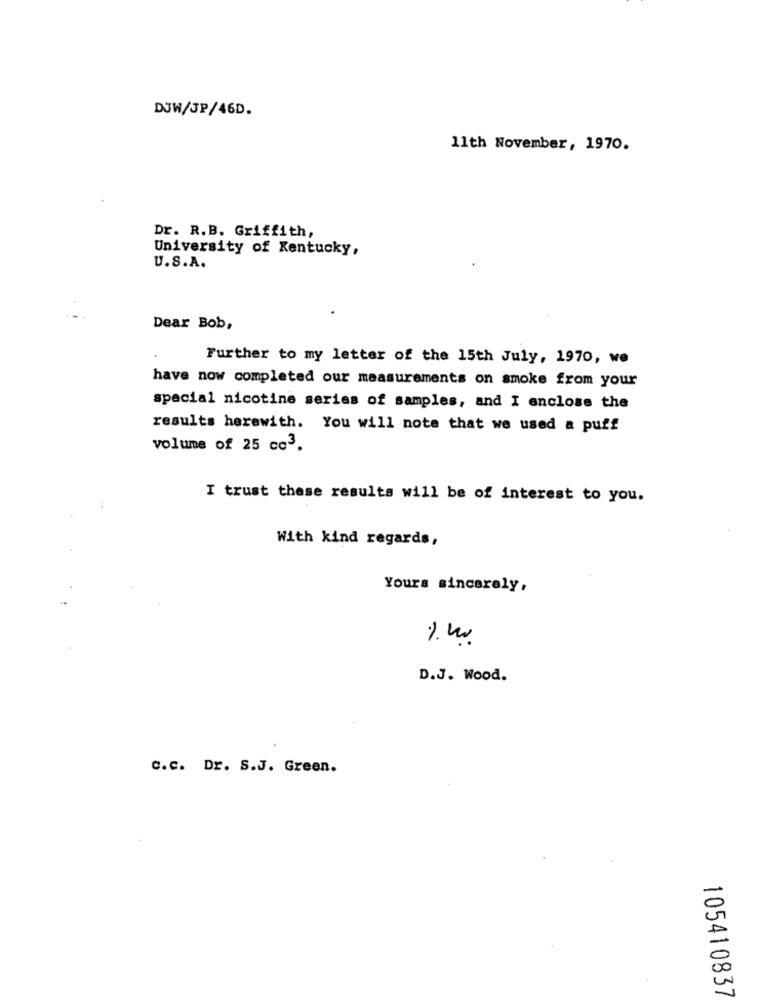
DJW/SP/46D.
11th November, 1970.
Dr. R.B. Griffith,
University of Kentucky,
U.S.A.
Dear Bob,
Further to my letter of the 15th July, 1970, we
have now completed our measurements on smoke from your
special nicotine series of samples, and I enclose the
results herewith. You will note that we used a puff
volume of 25 cc3.
I trust these results will be of interest to you.
With kind regards,
Yours sincerely,
D.J. Wood.
C.c. Dr. S.J. Green.
105410837